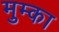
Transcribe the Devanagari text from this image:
मुम्का